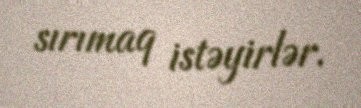
sırımaq istəyirlər.